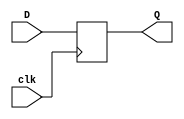
`timescale 1ns / 1ps

module flip_flop_32(
    output reg[31:0] Q,
    input [31:0] D,
    input clk
    );
    always@(posedge clk)
    begin
        Q = D;
    end
endmodule